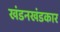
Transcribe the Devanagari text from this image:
खंडनखंडकार